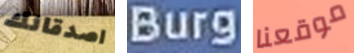
اصدقائك Burg موقعنا